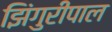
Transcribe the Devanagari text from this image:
झिंगुरीपाल